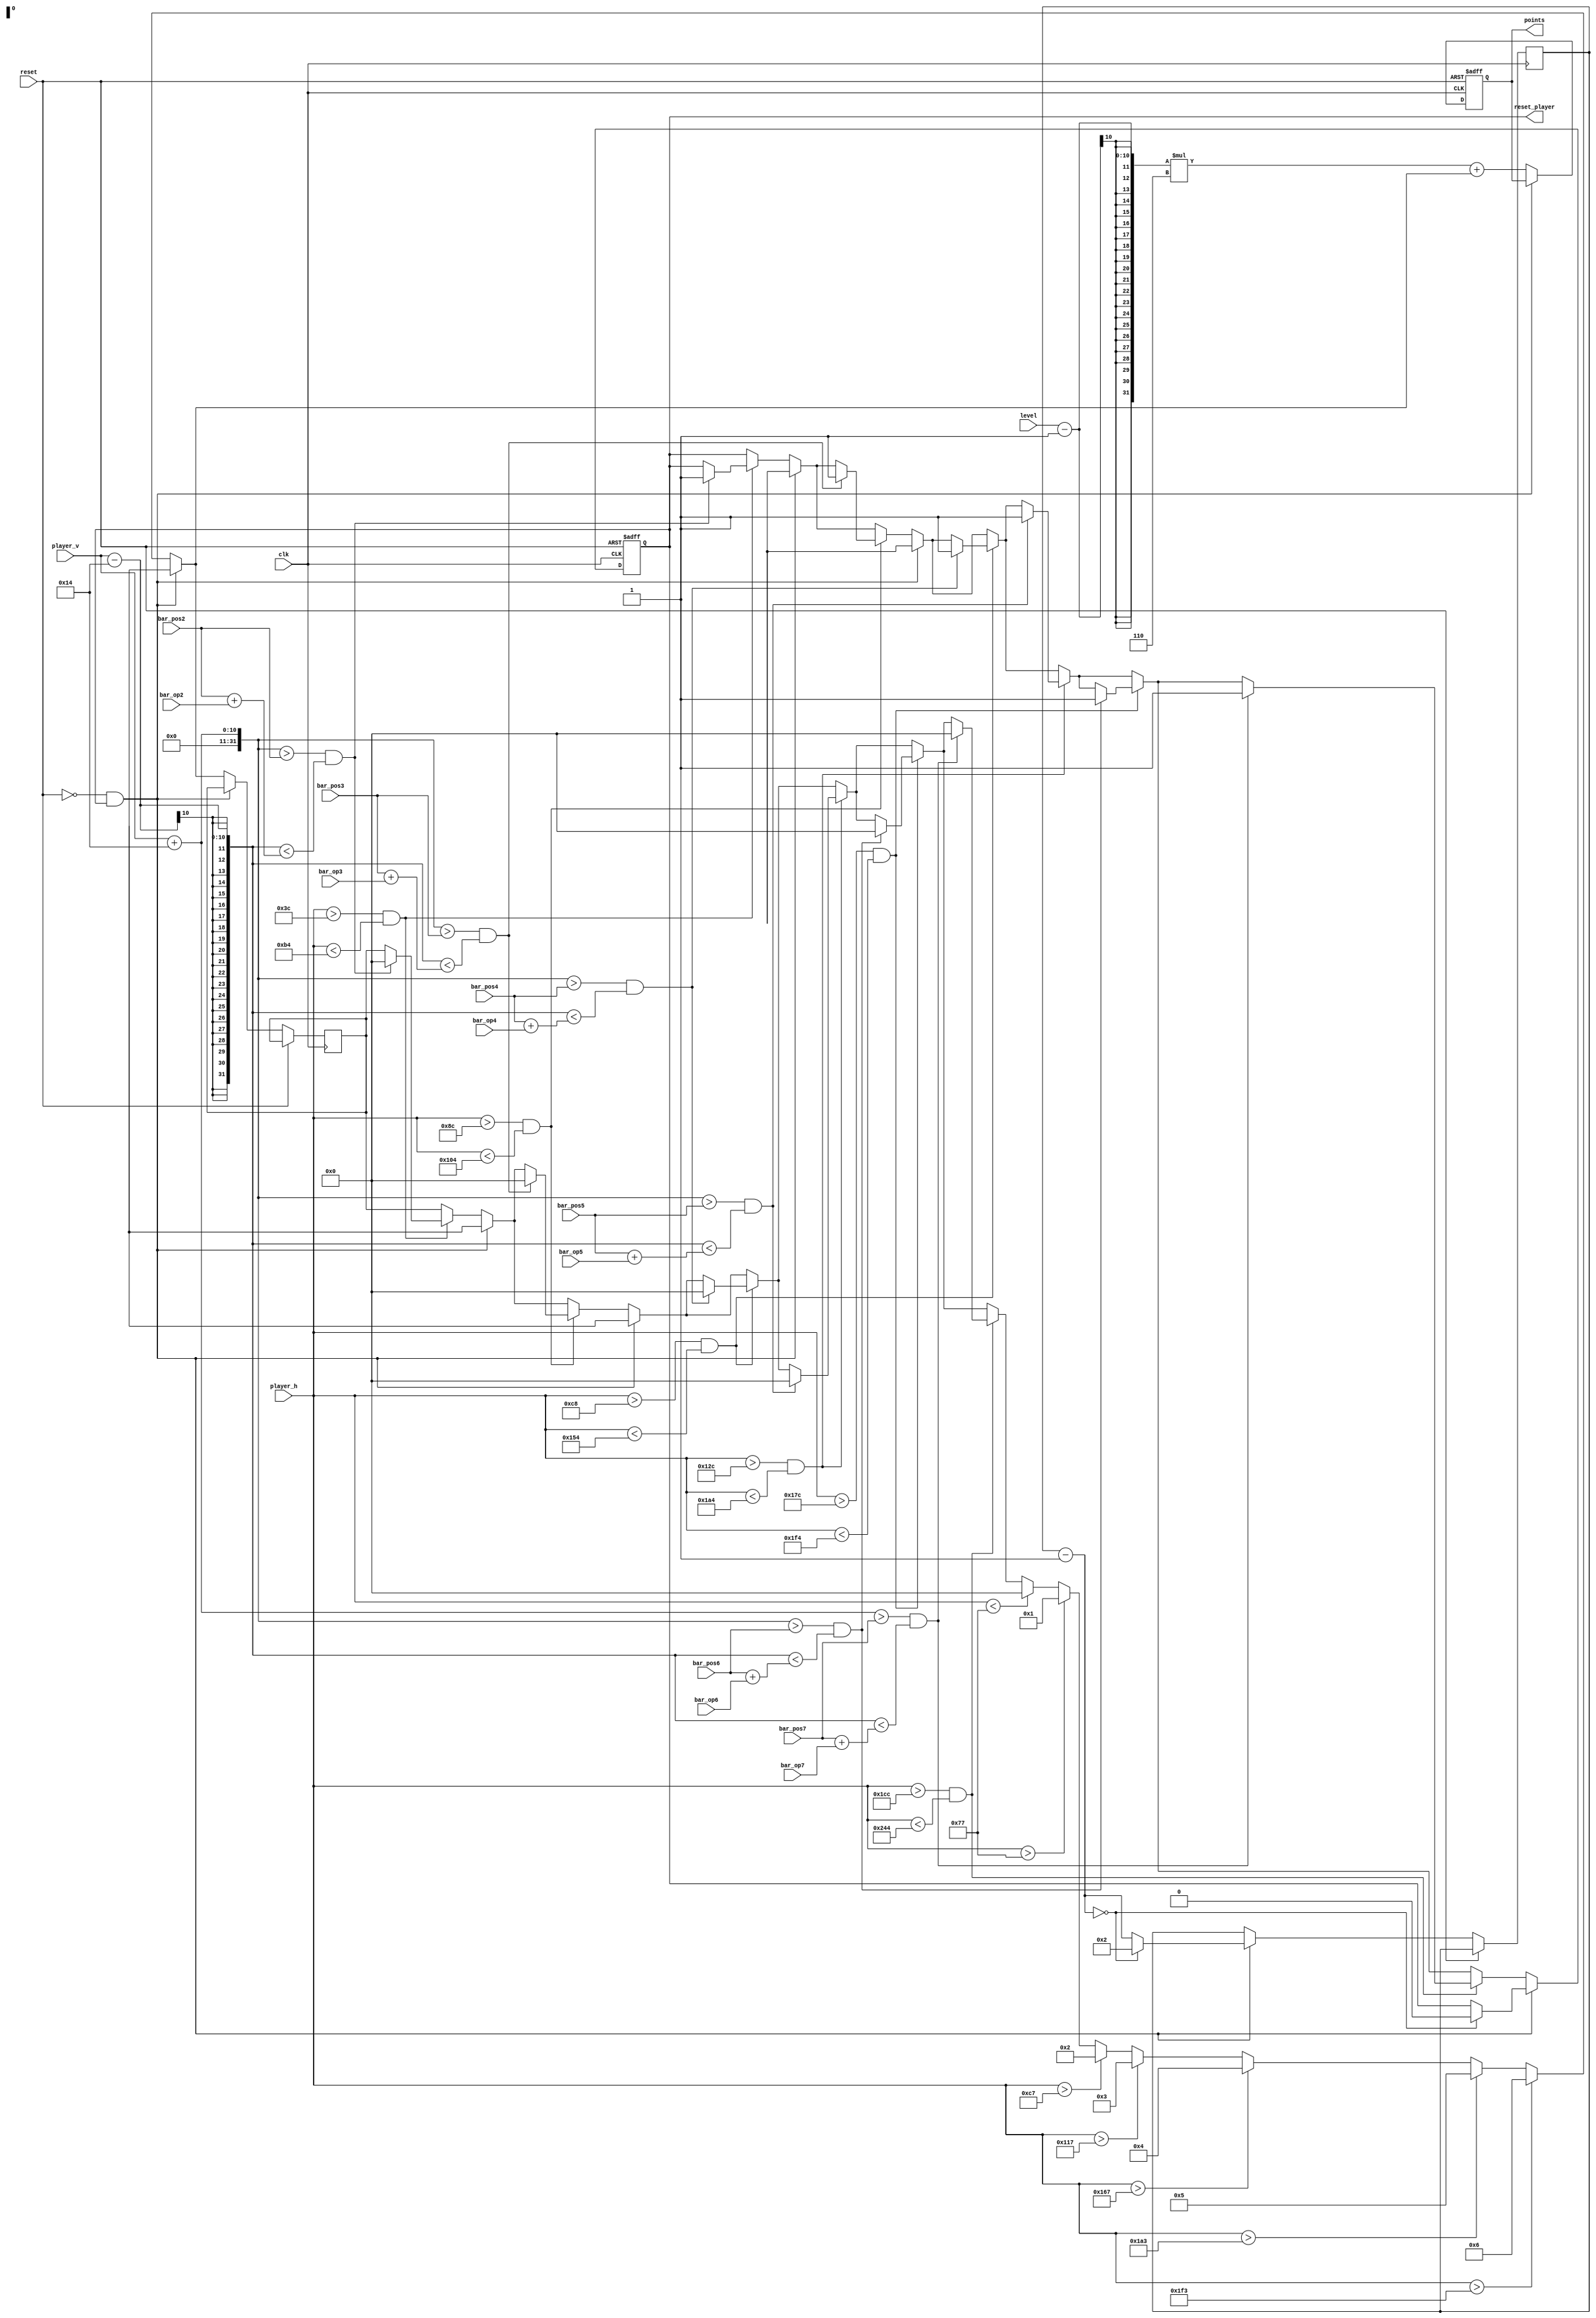
`timescale 1ns / 1ps
//////////////////////////////////////////////////////////////////////////////////
// Company: 
// Engineer: 
// 
// Design Name: 
// Module Name: update
// Project Name: 
// Target Devices: 
// Tool Versions: 
// Description: 
// 
// Dependencies: 
// 
// Revision:
// Revision 0.01 - File Created
// Additional Comments:
// 
//////////////////////////////////////////////////////////////////////////////////


module update
    (
        input wire clk, reset,
        input wire [9:0] bar_pos2,
        input wire [9:0] bar_pos3,
        input wire [9:0] bar_pos4,
        input wire [9:0] bar_pos5,
        input wire [9:0] bar_pos6,
        input wire [9:0] bar_pos7,
        input wire [9:0] bar_op2,
        input wire [9:0] bar_op3,
        input wire [9:0] bar_op4,
        input wire [9:0] bar_op5,
        input wire [9:0] bar_op6,
        input wire [9:0] bar_op7,
        input wire [9:0] player_h,
        input wire [9:0] player_v,
        input wire [9:0] level,
        output wire [9:0] points,
        output wire reset_player
    );

    reg rst_player;
    reg [9:0] score = 0;
    reg [9:0] temp = 0;
    reg [3:0] cnt = 2;
    

    always @ (posedge clk or posedge reset)
        begin
            // check collisions
            if(reset) begin
                score = 0;
                rst_player = 1;
            end
            else if (~reset && rst_player == 1) begin
                cnt = cnt - 1;
                if (cnt == 0) begin
                    rst_player = 0;
                    cnt = 2;
                end
            end
            else begin
                if(player_h > 60 && player_h < 180) begin // 80 - 160
                    // check vertical
                    if(player_v + 20 > bar_pos2 && player_v - 20 < bar_pos2 + bar_op2) begin
                        temp = 0;
                        rst_player = 1;
                    end
                end
                if(player_h > 140 && player_h < 260) begin // 160 - 240
                    // check vertical
                    if(player_v + 20 > bar_pos3 && player_v - 20 < bar_pos3 + bar_op3) begin
                        temp = 0;
                        rst_player = 1;
                    end
                end
                if(player_h > 200 && player_h < 340) begin // 240 - 320
                    // check vertical
                    if(player_v + 20 > bar_pos4 && player_v - 20 < bar_pos4 + bar_op4) begin
                        temp = 0;
                        rst_player = 1;
                    end
                end
                if(player_h > 300 && player_h < 420) begin // 320 - 400
                    // check vertical
                    if(player_v + 20 > bar_pos5 && player_v - 20 < bar_pos5 + bar_op5) begin
                        temp = 0;
                        rst_player = 1;
                    end
                end
                if(player_h > 380 && player_h < 500) begin // 400 - 480
                    // check vertical
                    if(player_v + 20 > bar_pos6 && player_v - 20 < bar_pos6 + bar_op6) begin
                        temp = 0;
                        rst_player = 1;
                    end
                end
                if(player_h > 460 && player_h < 580) begin // 480 - 560
                    // check vertical
                    if(player_v + 20 > bar_pos7 && player_v - 20 < bar_pos7 + bar_op7) begin
                        temp = 0;
                        rst_player = 1;
                    end
                end
                
                if(player_h < 119)
                    temp = 'd0;
                if(player_h > 119)
                    temp = 'd1;
                if(player_h > 199)
                    temp = 'd2;
                if(player_h > 279)
                    temp = 'd3;
                if(player_h > 359)
                    temp = 'd4;
                if(player_h > 419)
                    temp = 'd5;
                if(player_h > 499)
                    temp = 'd6;
                score = ((level-1) * 6) + temp; // 40 120 200 280 
            end
        end


    assign reset_player = rst_player;
    assign points = score;


endmodule